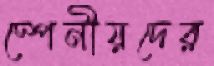
স্পেনীয়দের